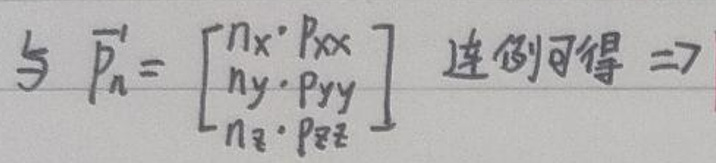
\[
与 \vec{P}_n =
\begin{bmatrix}
n_x \cdot p_{xx} \\
n_y \cdot p_{yy} \\
n_z \cdot p_{zz}
\end{bmatrix}
连倒可得 \Rightarrow
\]